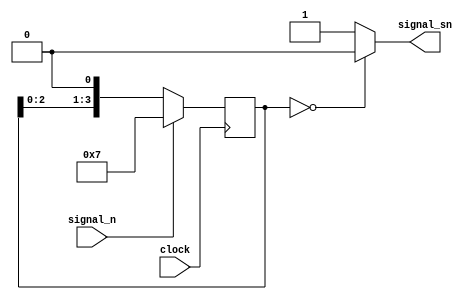
// SPDX-FileCopyrightText: 2020 Efabless Corporation
//
// Licensed under the Apache License, Version 2.0 (the "License");
// you may not use this file except in compliance with the License.
// You may obtain a copy of the License at
//
//      http://www.apache.org/licenses/LICENSE-2.0
//
// Unless required by applicable law or agreed to in writing, software
// distributed under the License is distributed on an "AS IS" BASIS,
// WITHOUT WARRANTIES OR CONDITIONS OF ANY KIND, either express or implied.
// See the License for the specific language governing permissions and
// limitations under the License.
// SPDX-License-Identifier: Apache-2.0

`default_nettype none
/*
 *-------------------------------------------------------------
 *
 * spi_mod
 *
 *
 *-------------------------------------------------------------
 */
module sync_n(
`ifdef USE_POWER_PINS
    inout vccd1,	// User area 1 1.8V supply
    inout vssd1,	// User area 1 digital ground
`endif
  input wire signal_n,
  output wire signal_sn,
  input wire clock
);
  reg [3:0] signal_state;

  always@(posedge clock)
  begin
    if(signal_n)
    begin
      signal_state <= 3'b111;
    end
    else
    begin
      signal_state <= {signal_state[2:0],signal_n};
    end
  end

  assign signal_sn = signal_state == 3'b000 ? 1'b0:1'b1;


endmodule